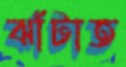
ঝাঁটাত